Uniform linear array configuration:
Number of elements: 32
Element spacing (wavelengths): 0.75
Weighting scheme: hamming
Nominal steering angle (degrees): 30
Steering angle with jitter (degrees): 30.078
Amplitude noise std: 0.05
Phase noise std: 0.05

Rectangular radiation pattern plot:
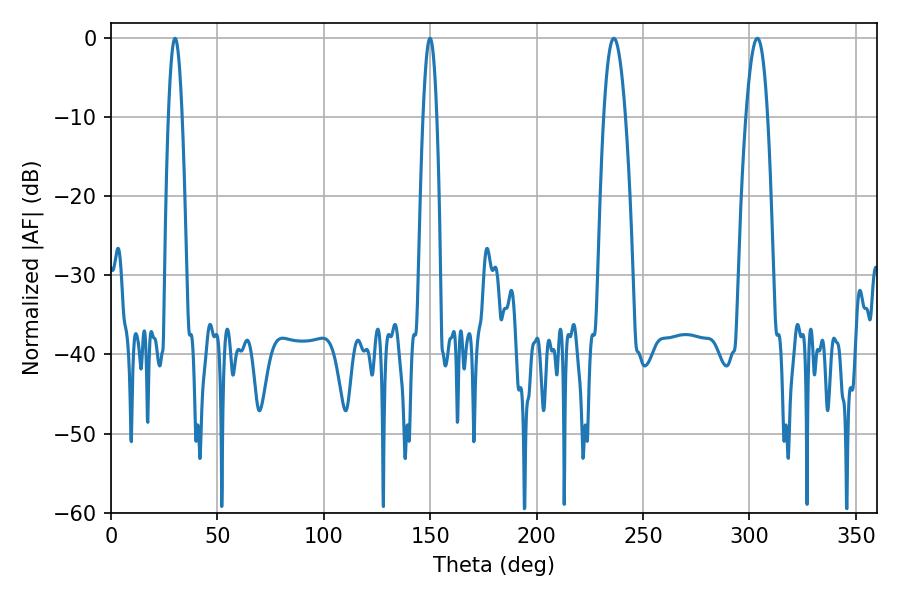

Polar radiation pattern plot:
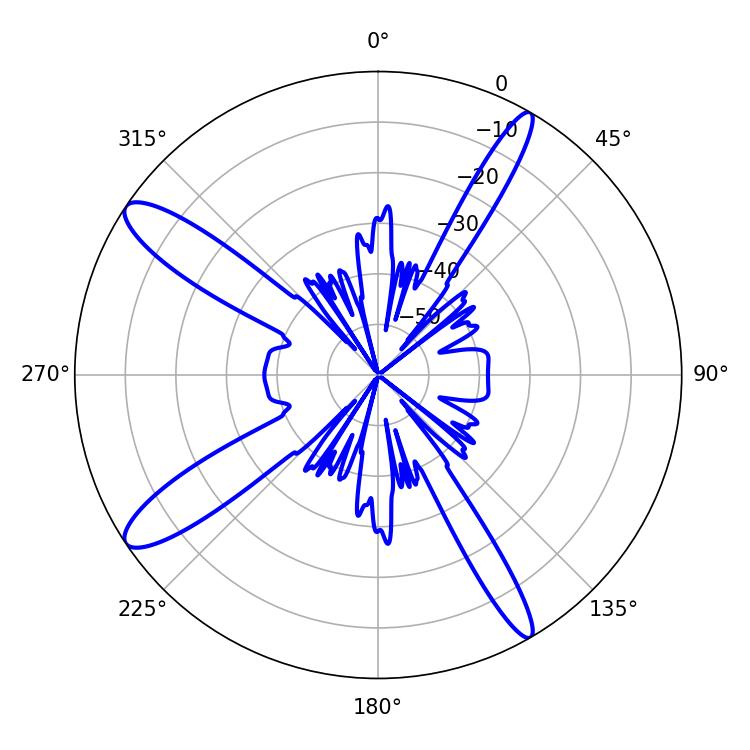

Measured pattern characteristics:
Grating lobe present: TRUE
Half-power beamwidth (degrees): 5.58
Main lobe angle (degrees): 303.66